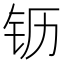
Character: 𰽝